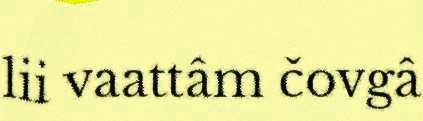
lii vaattâm čovgâ